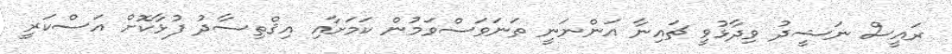
ރައީސް ނަޝީދު ވިދާޅުވީ ޗައިނާ އަންނަނީ ތަނަވަސްވަމުން ކަމަށާއި އިޤްތިސާދު ފުޅާކޮށް އަސްކަރީ